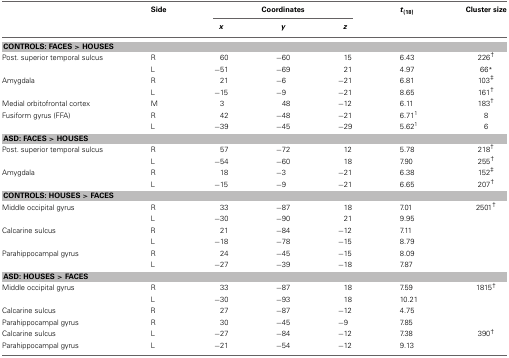
<table><thead><tr><td></td><td><b>Side</b></td><td colspan="3"><b>Coordinates</b></td><td><b><i>t</i><sub>(18)</sub></b></td><td><b>Cluster size</b></td></tr><tr><td></td><td></td><td><b><i>x</i></b></td><td><b><i>y</i></b></td><td><b><i>z</i></b></td><td></td><td></td></tr></thead><tbody><tr><td colspan="7"><b>CONTROLS: FACES &gt; HOUSES</b></td></tr><tr><td>Post. superior temporal sulcus</td><td>R</td><td>60</td><td>−60</td><td>15</td><td>6.43</td><td>226<sup>†</sup></td></tr><tr><td></td><td>L</td><td>−51</td><td>−69</td><td>21</td><td>4.97</td><td>66<sup>*</sup></td></tr><tr><td>Amygdala</td><td>R</td><td>21</td><td>−6</td><td>−21</td><td>6.81</td><td>103<sup>‡</sup></td></tr><tr><td></td><td>L</td><td>−15</td><td>−9</td><td>−21</td><td>8.65</td><td>161<sup>†</sup></td></tr><tr><td>Medial orbitofrontal cortex</td><td>M</td><td>3</td><td>48</td><td>−12</td><td>6.11</td><td>183<sup>†</sup></td></tr><tr><td>Fusiform gyrus (FFA)</td><td>R</td><td>42</td><td>−48</td><td>−21</td><td>6.71<sup>1</sup></td><td>8</td></tr><tr><td></td><td>L</td><td>−39</td><td>−45</td><td>−29</td><td>5.62<sup>1</sup></td><td>6</td></tr><tr><td colspan="7"><b>ASD: FACES &gt; HOUSES</b></td></tr><tr><td>Post. superior temporal sulcus</td><td>R</td><td>57</td><td>−72</td><td>12</td><td>5.78</td><td>218<sup>†</sup></td></tr><tr><td></td><td>L</td><td>−54</td><td>−60</td><td>18</td><td>7.90</td><td>255<sup>†</sup></td></tr><tr><td>Amygdala</td><td>R</td><td>18</td><td>−3</td><td>−21</td><td>6.38</td><td>152<sup>‡</sup></td></tr><tr><td></td><td>L</td><td>−15</td><td>−9</td><td>−21</td><td>6.65</td><td>207<sup>†</sup></td></tr><tr><td colspan="7"><b>CONTROLS: HOUSES &gt; FACES</b></td></tr><tr><td>Middle occipital gyrus</td><td>R</td><td>33</td><td>−87</td><td>18</td><td>7.01</td><td>2501<sup>†</sup></td></tr><tr><td></td><td>L</td><td>−30</td><td>−90</td><td>21</td><td>9.95</td><td></td></tr><tr><td>Calcarine sulcus</td><td>R</td><td>21</td><td>−84</td><td>−12</td><td>7.11</td><td></td></tr><tr><td></td><td>L</td><td>−18</td><td>−78</td><td>−15</td><td>8.79</td><td></td></tr><tr><td>Parahippocampal gyrus</td><td>R</td><td>24</td><td>−45</td><td>−15</td><td>8.09</td><td></td></tr><tr><td></td><td>L</td><td>−27</td><td>−39</td><td>−18</td><td>7.87</td><td></td></tr><tr><td colspan="7"><b>ASD: HOUSES &gt; FACES</b></td></tr><tr><td>Middle occipital gyrus</td><td>R</td><td>33</td><td>−87</td><td>18</td><td>7.59</td><td>1815<sup>†</sup></td></tr><tr><td></td><td>L</td><td>−30</td><td>−93</td><td>18</td><td>10.21</td><td></td></tr><tr><td>Calcarine sulcus</td><td>R</td><td>27</td><td>−87</td><td>−12</td><td>4.75</td><td></td></tr><tr><td>Parahippocampal gyrus</td><td>R</td><td>30</td><td>−45</td><td>−9</td><td>7.85</td><td></td></tr><tr><td>Calcarine sulcus</td><td>L</td><td>−27</td><td>−84</td><td>−12</td><td>7.38</td><td>390<sup>†</sup></td></tr><tr><td>Parahippocampal gyrus</td><td>L</td><td>−21</td><td>−54</td><td>−12</td><td>9.13</td><td></td></tr></tbody></table>